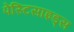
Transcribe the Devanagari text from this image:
पेस्टिसाइड्स